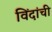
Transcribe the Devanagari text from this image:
विंदांची